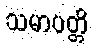
သမာပတ္တိ